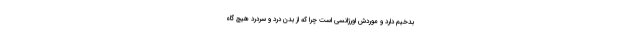
بدخیم دارد و موردش اورژانسی است چرا که از بدن درد و سردرد هیچ گاه